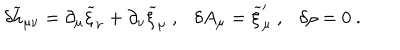
\delta { \widetilde h } _ { \mu \nu } = \partial _ { \mu } { \widetilde \xi } _ { \nu } + \partial _ { \nu } { \widetilde \xi } _ { \mu } ~ , \delta A _ { \mu } = { \widetilde \xi } _ { \mu } ^ { \prime } ~ , \delta \rho = 0 ~ .